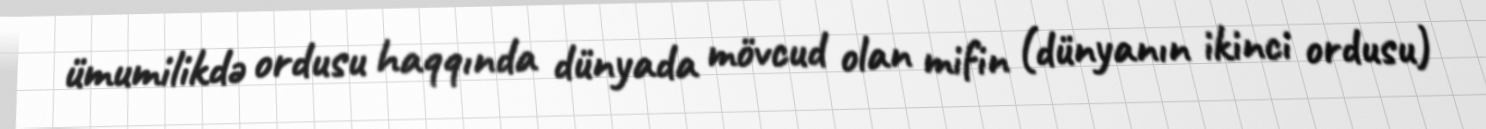
ümumilikdə ordusu haqqında dünyada mövcud olan mifin (dünyanın ikinci ordusu)